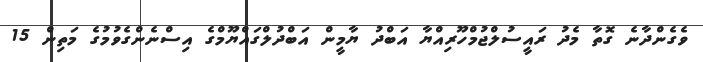
ވެގެންދާނެ ގޮތާ މެދު ރައީސުލްޖުމްހޫރިއްޔާ އަބްދު ޔާމީން އަބްދުލްގައްޔޫމްގެ އިސްނެންގެވުމުގެ މަތިން 15